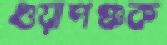
গুয়াপঞ্চক